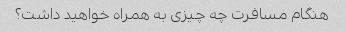
هنگام مسافرت چه چیزی به همراه خواهید داشت؟